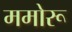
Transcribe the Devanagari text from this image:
ममोरू